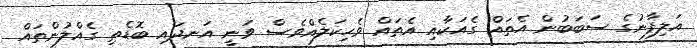
އަލިފާނުގެ ސަބަބުން އެތައް ގެއަކާއި އެތައް ވެހިކަލެއްވެސް ވަނީ އަނދައި ބޮޑެތި ގެއްލުންތައް